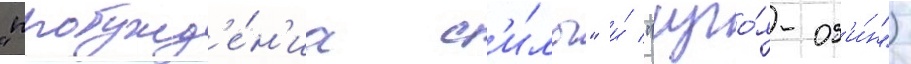
"пробужд'е́н'иа с'и́лы" и́ "изго́я-од'и́н")